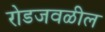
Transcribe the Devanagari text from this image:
रोडजवळील